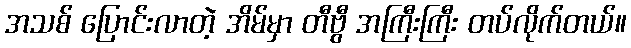
အသစ် ပြောင်းလာတဲ့ အိမ်မှာ တီဗွီ အကြီးကြီး တပ်လိုက်တယ်။